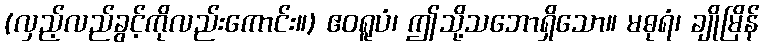
(လှည့်လည်ခွင့်ကိုလည်းကောင်း။) ဧဝရူပံ၊ ဤသို့သဘောရှိသော။ မဓုရံ၊ ချိုမြိန်